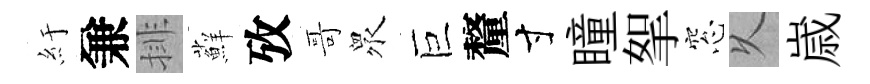
紆兼排蘚攷哥衆巨釐寸瞳挐窓乆𡻕